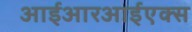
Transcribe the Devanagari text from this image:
आईआरआईएक्स